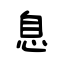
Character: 息